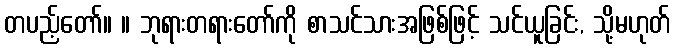
တပည့်တော်။ ။ ဘုရားတရားတော်ကို စာသင်သားအဖြစ်ဖြင့် သင်ယူခြင်း, သို့မဟုတ်